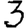
Digit: 3